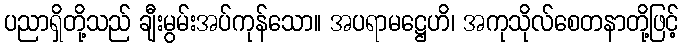
ပညာရှိတို့သည် ချီးမွမ်းအပ်ကုန်သော။ အပရာမဋ္ဌေဟိ၊ အကုသိုလ်စေတနာတို့ဖြင့်